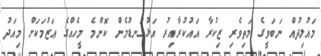
މައުލިދުއް ނަބަވީގެ މަތިވެރި ޒިކުރާ އައުކުރާއިރު އަޅުގަނޑުމެން ކޮންމެ މީހެއްގެ ޢަޒުމަކަށް މިއަދު